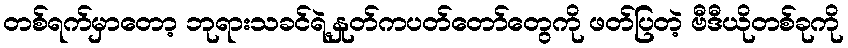
တစ်ရက်မှာတော့ ဘုရားသခင်ရဲ့နှုတ်ကပတ်တော်တွေကို ဖတ်ပြတဲ့ ဗီဒီယိုတစ်ခုကို